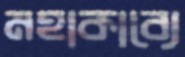
মহাকাব্যে